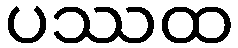
ပဿထ